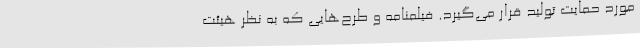
مورد حمایت تولید قرار می‌گیرد. فیلمنامه و طرح‌هایی که به نظر هیئت